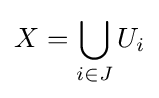
X=\bigcup _{i\in J}U_{i}